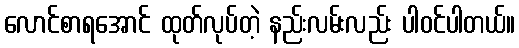
လောင်စာရအောင် ထုတ်လုပ်တဲ့ နည်းလမ်းလည်း ပါဝင်ပါတယ်။